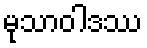
မုသာဝါဒဿ